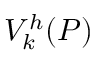
{ V } _ { k } ^ { h } ( { P } )